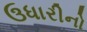
ઉધારીનો